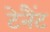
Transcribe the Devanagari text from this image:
टेनैंट